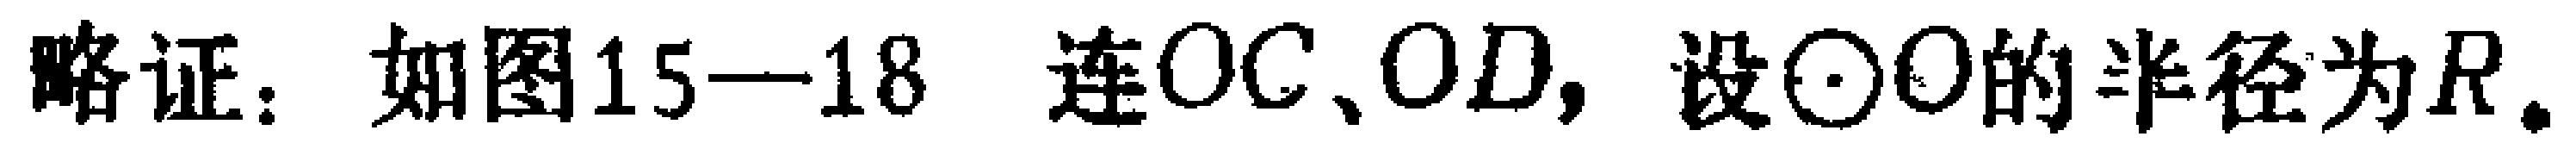
略证：如图15—18 连$OC、OD,$设$\odot O$的半径为$R.$